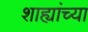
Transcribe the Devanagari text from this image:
शाह्यांच्या